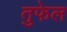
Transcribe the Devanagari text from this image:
तुफेल